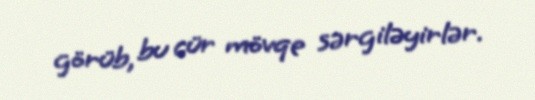
görüb, bu cür mövqe sərgiləyirlər.